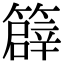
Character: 𥴬